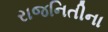
રાજનિતીના